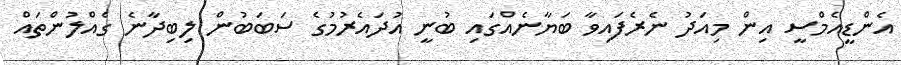
އެންޑީއެމްސީ އިން މިއަދު ނެރެފައިވާ ބަޔާނެއްގައި ބުނީ އުދައެރުމުގެ ސަބަބުން ލިބިދާނެ ގެއްލުންތައް